On the action of the venoms of the cobra (Naja tripudians) and of the daboia (Daboia russellii) on the red blood corpuscles and on the blood plasma - Number 4
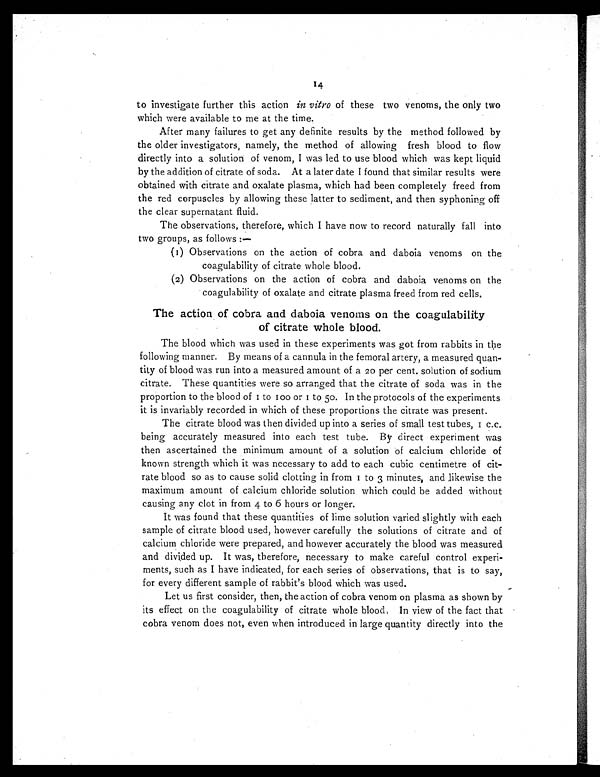
14
to investigate further this action in vitro of these two venoms, the only two
which were available to me at the time.
After many failures to get any definite results by the method followed by
the older investigators, namely, the method of allowing fresh blood to flow
directly into a solution of venom, I was led to use blood which was kept liquid
by the addition of citrate of soda. At a later date I found that similar results were
obtained with citrate and oxalate plasma, which had been completely freed from
the red corpuscles by allowing these latter to sediment, and then syphoning off
the clear supernatant fluid.
The observations, therefore, which I have now to record naturally fall into
two groups, as follows :—
(1) Observations on the action of cobra and daboia venoms on the
coagulability of citrate whole blood.
(2) Observations on the action of cobra and daboia venoms on the
coagulability of oxalate and citrate plasma freed from red cells.
The action of cobra and daboia venoms on the coagulability
of citrate whole blood.
The blood which was used in these experiments was got from rabbits in the
following manner. By means of a cannula in the femoral artery, a measured quan-
tity of blood was run into a measured amount of a 20 per cent. solution of sodium
citrate. These quantities were so arranged that the citrate of soda was in the
pr opor t i on t o t he bl ood of 1 t o 100 or 1 t o 50. I n t he pr ot ocol s of t he exper i ment s
it is invariably recorded in which of these proportions the citrate was present.
The citrate blood was then divided up into a series of small test tubes, 1 c.c.
being accurately measured into each test tube. By direct experiment was
then ascertained the minimum amount of a solution of calcium chloride of
known strength which it was necessary to add to each cubic centimetre of cit-
rate blood so as to cause solid clotting in from 1 to 3 minutes, and likewise the
maximum amount of calcium chloride solution which could be added without
causing any clot in from 4 to 6 hours or longer.
It was found that these quantities of lime solution varied slightly with each
sample of citrate blood used, however carefully the solutions of citrate and of
calcium chloride were prepared, and however accurately the blood was measured
and divided up. It was, therefore, necessary to make careful control experi
- m e n t s , s u c h a s I h a v e i n d i c a t e d , f o r e a c h s e r i e s o f o b s e r v a t i o n s , t h a t i s t o s a y ,
for every different sample of rabbit's blood which was used.
Let us first consider, then, the action of cobra venom on plasma as shown by
its effect on the coagulability of citrate whole blood. In view of the fact that
cobra venom does not, even when introduced in large quantity directly into the